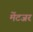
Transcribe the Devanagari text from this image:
मेंटजर